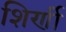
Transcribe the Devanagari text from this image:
शिर्णी